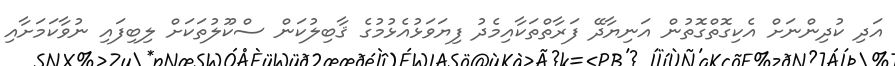
އަދި ކުދިންނަށް އެކިގޮތްގޮތުން އަނިޔާދޭ ފަރާތްތަކާއިމެދު ފިޔަވަޅުއެޅުމުގެ ޤާބިލުކަން ސްކޫލުތަކަށް ލިބިފައި ނުވާކަމަށާއި